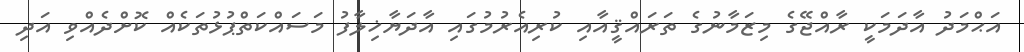
އަޙްމަދު އާދަމަކީ ރާއްޖޭގެ މިޒަމާނުގެ ތަރައްޤީއާއި ކުރިއެރުމުގައި އާދަޔާޚިލާފު މަސައްކަތްޕުޅުތަކެއް ކޮށްދެއްވި އަދި